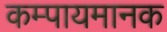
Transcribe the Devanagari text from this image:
कम्पायमानक